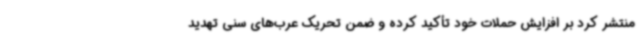
منتشر کرد بر افزایش حملات خود تأکید کرده و ضمن تحریک عرب‌های سنی تهدید